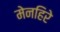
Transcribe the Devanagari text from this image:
मेनहिरे